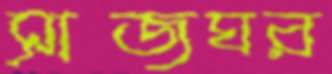
সাজঘর